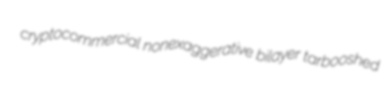
cryptocommercial nonexaggerative bilayer tarbooshed